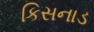
કિસનાડ